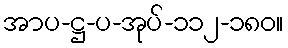
အာပ-ဋ္ဌ-ပ-အုပ်-၁၁၂-၁၈၀။